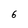
Character: 6